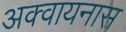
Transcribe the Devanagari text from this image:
अक्वायनास